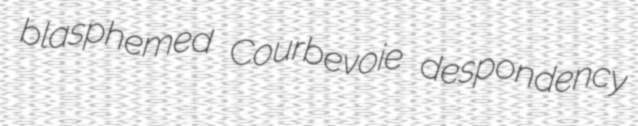
blasphemed Courbevoie despondency